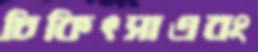
চিকিৎসাএবং